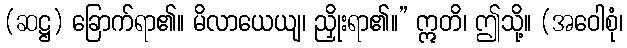
(ဆဋ္ဌ) ခြောက်ရာ၏။ မိလာယေယျ၊ ညှိုးရာ၏။” ဣတိ၊ ဤသို့။ (အဝေါစုံ၊